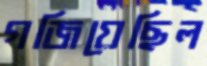
গজিয়েছিল